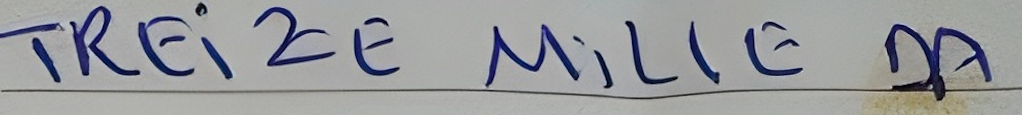
TREIZE MILLE DA